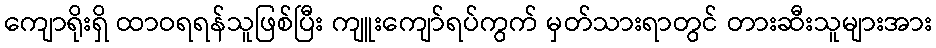
ကျောရိုးရှိ ထာဝရရန်သူဖြစ်ပြီး ကျူးကျော်ရပ်ကွက် မှတ်သားရာတွင် တားဆီးသူများအား